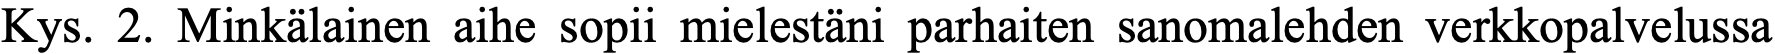
Kys. 2. Minkälainen aihe sopii mielestäni parhaiten sanomalehden verkkopalvelussa